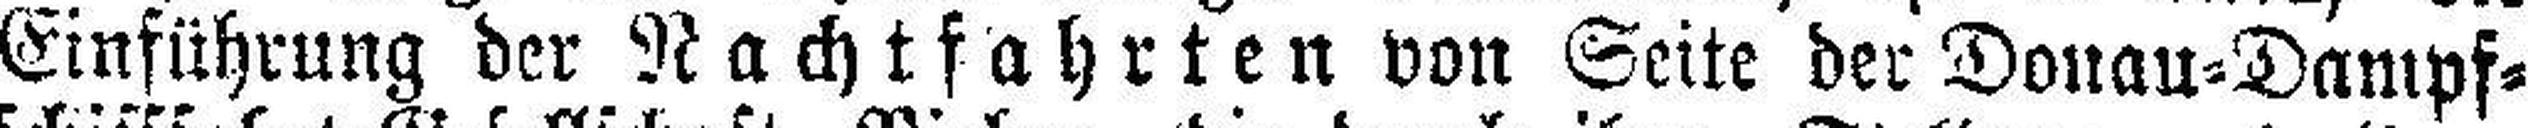
Einführung der Nachtfahrten von Seite der Donau=Dampf¬